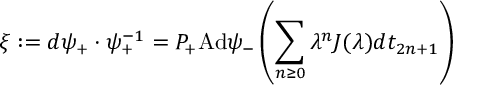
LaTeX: \xi : = d \psi _ { + } \cdot \psi _ { + } ^ { - 1 } = P _ { + } \mathrm { A d } \psi _ { - } \left( \sum _ { n \geq 0 } \lambda ^ { n } J ( \lambda ) d t _ { 2 n + 1 } \right)